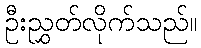
ဦးညွှတ်လိုက်သည်။